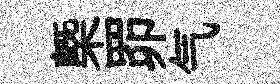
㮣𦊑气